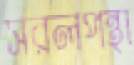
সরলপন্থা